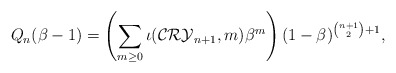
\begin{gather*} Q_n(\beta -1) = \left(\sum_{m \ge 0} \iota( {\cal{CRY}}_{n+1}, m)\beta ^{m}\right) (1-\beta )^{{n+1 \choose 2}+1}, \end{gather*}